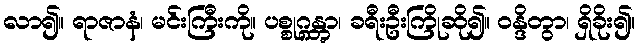
လာ၍။ ရာဇာနံ၊ မင်းကြီးကို။ ပစ္စုဂ္ဂန္တွာ၊ ခရီးဦးကြိုဆို၍။ ဝန္ဒိတွာ၊ ရှိခိုး၍။